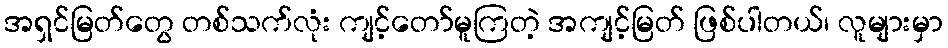
အရှင်မြတ်တွေ တစ်သက်လုံး ကျင့်တော်မူကြတဲ့ အကျင့်မြတ် ဖြစ်ပါတယ်၊ လူများမှာ